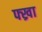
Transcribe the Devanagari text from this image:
फ्ख्रा